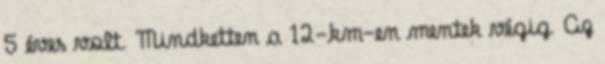
5 éves volt. Mindketten a 12-km-en mentek végig. Az